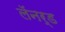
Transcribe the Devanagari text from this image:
लॅनर्ड